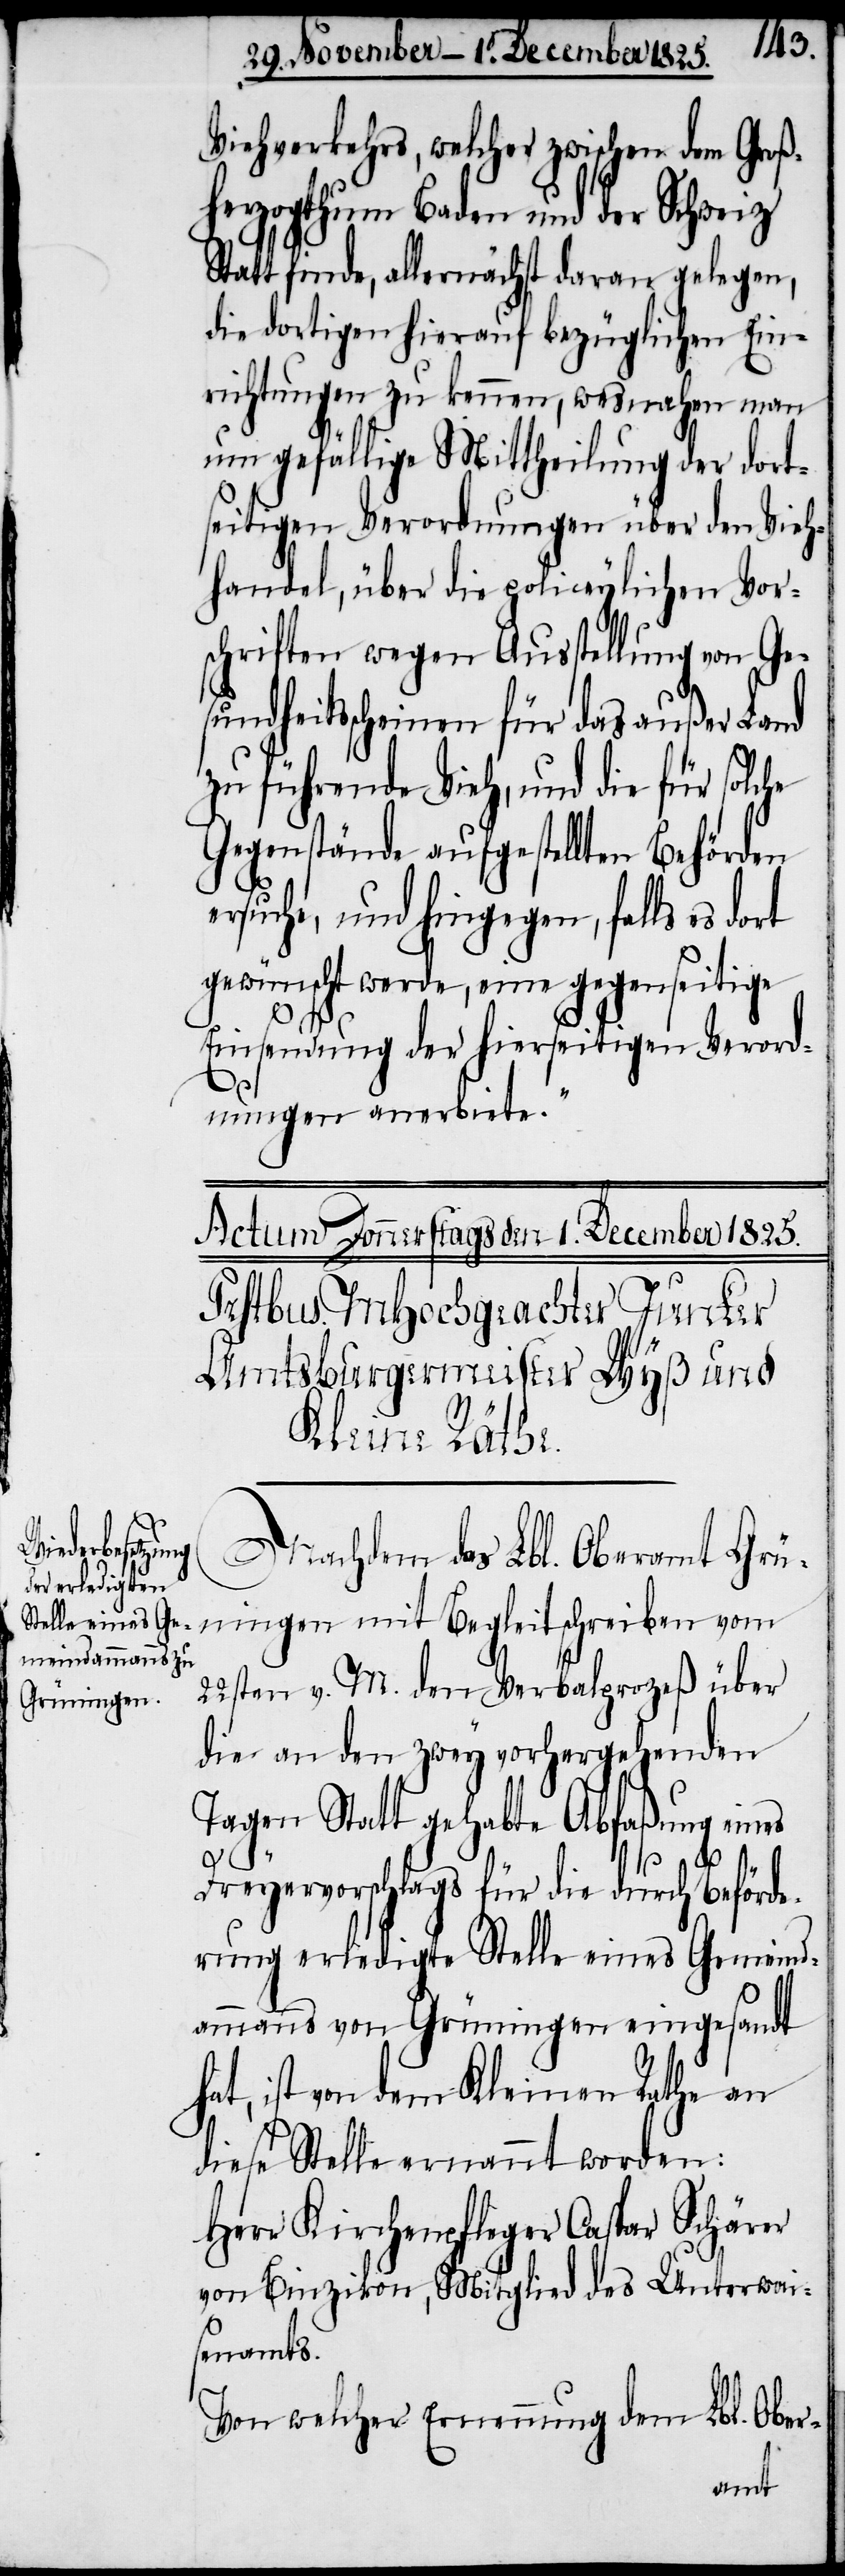
Viehverkehrs, welcher zwischen dem Groß¬
herzogthum Baden und der Schweiz
Statt finde, allernächst daran gelegen,
die dortigen hierauf bezüglichen Ein¬
richtungen zu kennen, wesnahen man
um gefällige Mittheilung der dort¬
seitigen Verordnungen über den Vieh¬
handel, über die policeylichen Vor¬
schriften wegen Ausstellung von Ges¬
undheitsscheinen für das außer Land
zu führende Vieh, und die für solche
Gegenstände aufgestellten Behörden
ersuche, und hingegen, falls es
gewünscht werde, eine gegenseitige
Einsendung der hierseitigen Verord¬
nungen anerbiete.“
Nachdem das Lbl. Oberamt Grü¬
ningen mit Begleitschreiben vom
22sten v. M. dem Verbalprozeß über
die an den zwey vorhergehenden
Tagen Statt gehabte Abfaßung eines
Dreyervorschlags für die durch Beförde¬
rung erledigte Stelle eines Gemeind¬
ammanns von Grüningen eingesandt
hat, ist von dem Kleinen Rathe an
diese Stelle ernannt worden:
Herr Kirchenpfleger Caspar Schärer
von Binzikon, Mitglied des Unterwai¬
senamts.
Von welcher Ernennung dem Lbl. Ober-